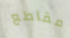
مقاطع